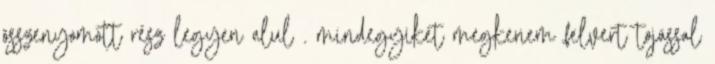
összenyomott rész legyen alul . mindegyiket megkenem felvert tojással